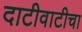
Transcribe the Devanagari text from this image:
दाटीवाटीचा